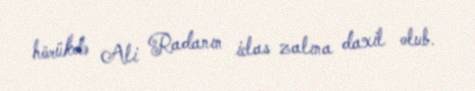
hörükdə Ali Radanın iclas zalına daxil olub.